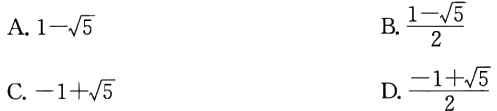
17. \(l_{-20}=400[1 + 0.000011(-20)] = 399.912\),

\(l_{40}=400.176\),

\(\therefore l_{40}-l_{-20}=400.176 - 399.912 = 0.264(\text{米})\).